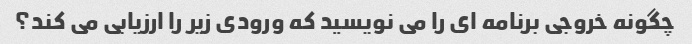
چگونه خروجی برنامه ای را می نویسید که ورودی زیر را ارزیابی می کند؟